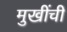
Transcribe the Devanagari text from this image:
मुखींची